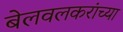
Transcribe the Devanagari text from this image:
बेलवलकरांच्या